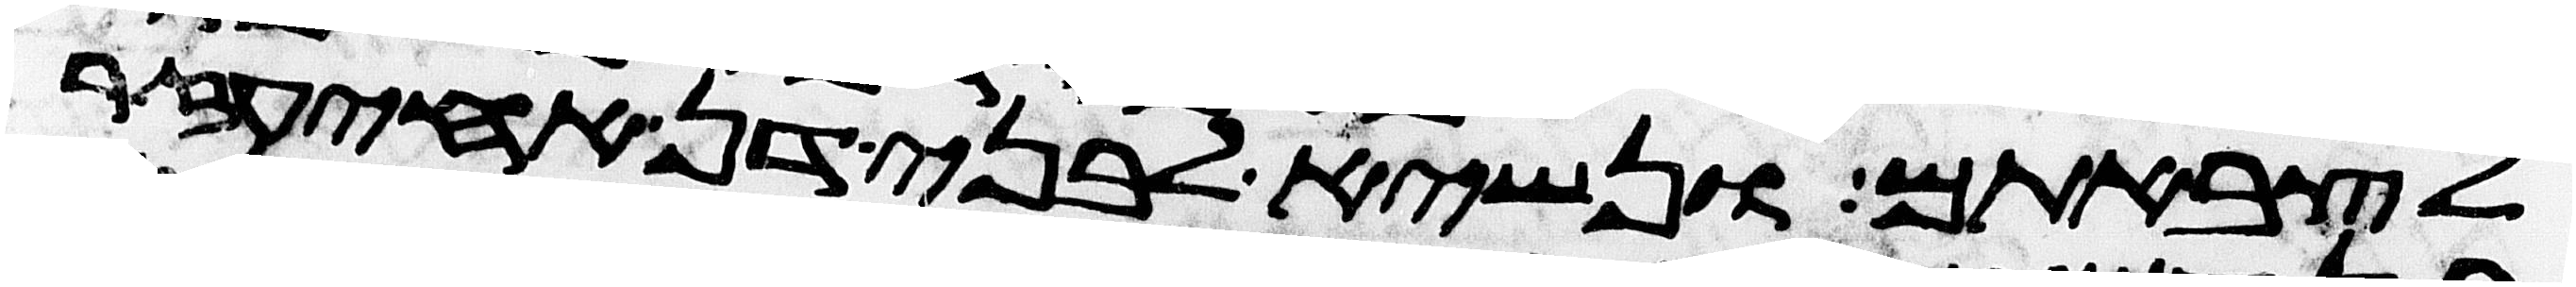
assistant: לצבאתם ונשיא לבני דן אחיעזר